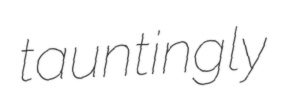
tauntingly